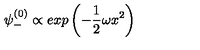
\psi _ { - } ^ { ( 0 ) } \propto e x p \left( - \frac { 1 } { 2 } \omega x ^ { 2 } \right)